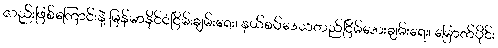
လည်းဖြစ်ကြောင်းနဲ့ မြန်မာနိုင်ငံငြိမ်းချမ်းရေး၊ နယ်စပ်ဒေသတည်ငြိမ်အေးချမ်းရေး၊ မြောက်ပိုင်း